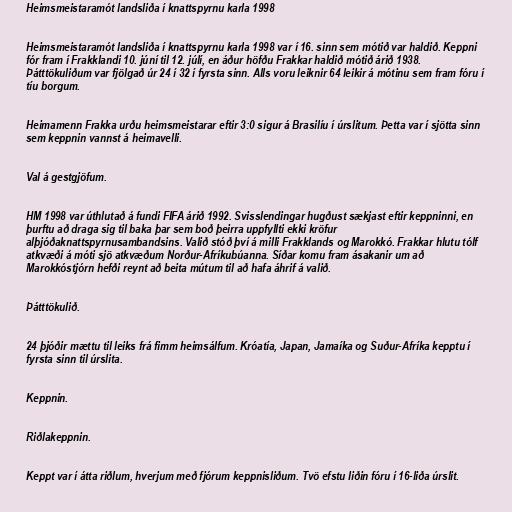
Heimsmeistaramót landsliða í knattspyrnu karla 1998

Heimsmeistaramót landsliða í knattspyrnu karla 1998 var í 16. sinn sem mótið var haldið. Keppni
fór fram í Frakklandi 10. júní til 12. júlí, en áður höfðu Frakkar haldið mótið árið 1938.
Þátttökuliðum var fjölgað úr 24 í 32 í fyrsta sinn. Alls voru leiknir 64 leikir á mótinu sem fram fóru í
tíu borgum.

Heimamenn Frakka urðu heimsmeistarar eftir 3:0 sigur á Brasilíu í úrslitum. Þetta var í sjötta sinn
sem keppnin vannst á heimavelli.

Val á gestgjöfum.

HM 1998 var úthlutað á fundi FIFA árið 1992. Svisslendingar hugðust sækjast eftir keppninni, en
þurftu að draga sig til baka þar sem boð þeirra uppfyllti ekki kröfur
alþjóðaknattspyrnusambandsins. Valið stóð því á milli Frakklands og Marokkó. Frakkar hlutu tólf
atkvæði á móti sjö atkvæðum Norður-Afríkubúanna. Síðar komu fram ásakanir um að
Marokkóstjórn hefði reynt að beita mútum til að hafa áhrif á valið.

Þátttökulið.

24 þjóðir mættu til leiks frá fimm heimsálfum. Króatía, Japan, Jamaíka og Suður-Afríka kepptu í
fyrsta sinn til úrslita.

Keppnin.

Riðlakeppnin.

Keppt var í átta riðlum, hverjum með fjórum keppnisliðum. Tvö efstu liðin fóru í 16-liða úrslit.